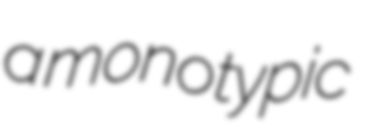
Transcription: a monotypic